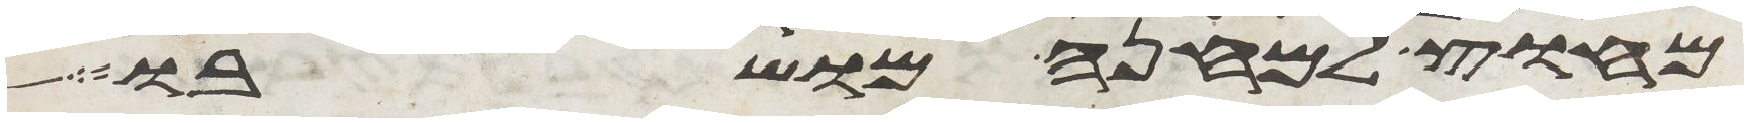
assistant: מחוץ למחנה מושבו